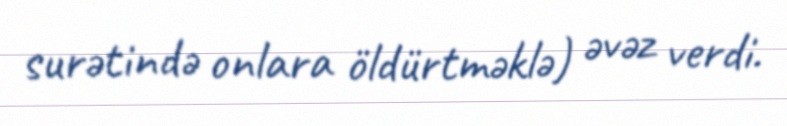
surətində onlara öldürtməklə) əvəz verdi.